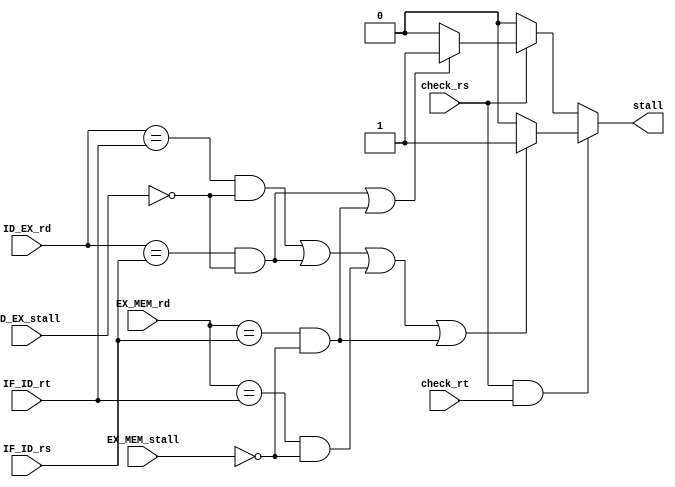
/*
   CS/ECE 552 Spring '22
  
   Filename        : stall_logic.v
   Description     : This is the unit to detect necessary stall scenarios
*/
`default_nettype none
module stall_logic(IF_ID_rt, IF_ID_rs, ID_EX_rd, EX_MEM_rd, ID_EX_stall, EX_MEM_stall, check_rs, check_rt, stall);

   // Registers to compare
   input wire [2:0] IF_ID_rt;
   input wire [2:0] IF_ID_rs;
   input wire [2:0] ID_EX_rd;
   input wire [2:0] EX_MEM_rd;
   input wire ID_EX_stall;
   input wire EX_MEM_stall;

   // Confirm instruction has rs & rt potential
   input wire 	    check_rs, check_rt;

   output wire stall; // 1'b1 when stall is necessary, 1'b0 otherwise

   
   
   assign stall = (check_rs & check_rt) ? ((((ID_EX_rd == IF_ID_rt) & ~ID_EX_stall) | 
					   ((ID_EX_rd == IF_ID_rs) & ~ID_EX_stall) | 
					   ((EX_MEM_rd == IF_ID_rt) & ~EX_MEM_stall) | 
					   ((EX_MEM_rd == IF_ID_rs) & ~EX_MEM_stall)) ? 1'b1 : 1'b0) :
		  check_rs ? ((((ID_EX_rd == IF_ID_rs) & ~ID_EX_stall) |
			       ((EX_MEM_rd == IF_ID_rs) & ~EX_MEM_stall)) ? 1'b1 : 1'b0) :
		  1'b0;
endmodule
`default_nettype wire